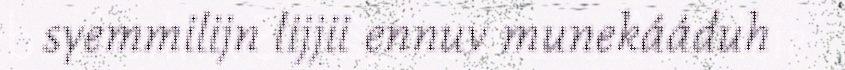
syemmilijn lijjii ennuv munekááduh